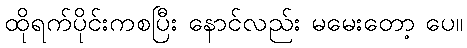
ထိုရက်ပိုင်းကစပြီး နောင်လည်း မမေးတော့ ပေ။